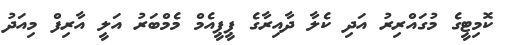
ކޮމިޓީގެ މުގައްރިރު އަދި ކެލާ ދާއިރާގެ ޕީޕީއެމް މެމްބަރު އަލީ އާރިފް މިއަދު